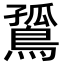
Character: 𪂲